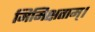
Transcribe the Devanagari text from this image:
मिमिक्षताम्।